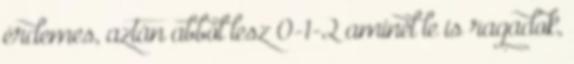
érdemes, aztán abból lesz 0-1-2 aminél le is ragadok,